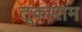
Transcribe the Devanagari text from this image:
तूकाराम